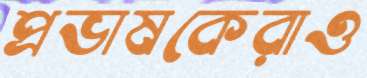
প্রভাষকেরাও